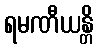
ရမဏီယန္တိ